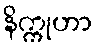
နိက္ကုဟာ